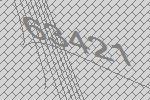
63421